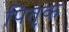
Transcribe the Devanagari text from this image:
पितृक